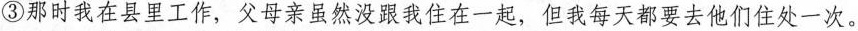
③那时我在县里工作，父母亲虽然没跟我住在一起，但我每天都要去他们住处一次。